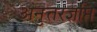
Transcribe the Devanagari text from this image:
अनुत्तरज्ञप्ति